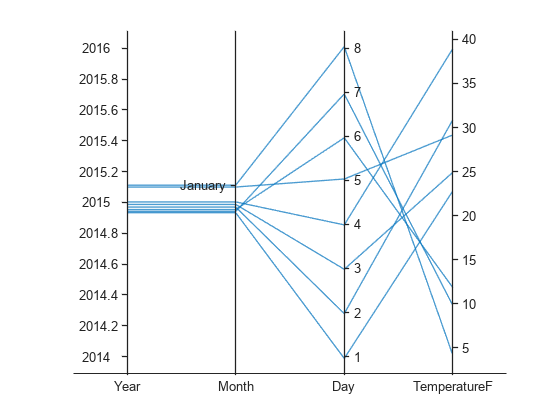
matlab, parallelplot